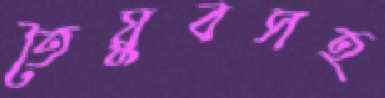
তৈয়ুবসহ